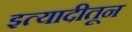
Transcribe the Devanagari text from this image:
इत्यादीतून